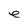
Character: e